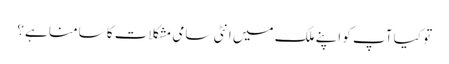
تو کیا آپ کو اپنے ملک میں انٹی سامی مشکلات کا سامنا ہے؟